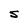
Character: s